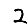
Digit: 2